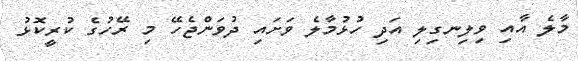
މާލެ އާއި ވިލިނގިލި އަދި ހުޅުމާލެ ވަށައި ދުވަންޖެހޭ މި ރޭހުގެ ކުރީކޮޅު